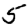
Digit: 5